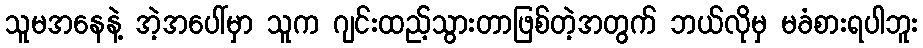
သူမအနေနဲ့ အဲ့အပေါ်မှာ သူက ဂျင်းထည့်သွားတာဖြစ်တဲ့အတွက် ဘယ်လိုမှ မခံစားရပါဘူး